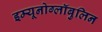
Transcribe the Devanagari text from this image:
इम्यूनोग्लॉबुलिन